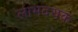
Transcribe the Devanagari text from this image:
लाभदयक